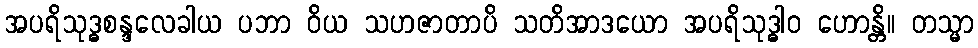
အပရိသုဒ္ဓစန္ဒလေခါယ ပဘာ ဝိယ သဟဇာတာပိ သတိအာဒယော အပရိသုဒ္ဓါဝ ဟောန္တိ။ တသ္မာ